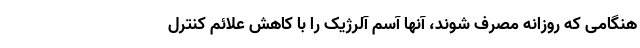
هنگامی که روزانه مصرف شوند، آنها آسم آلرژیک را با کاهش علائم کنترل